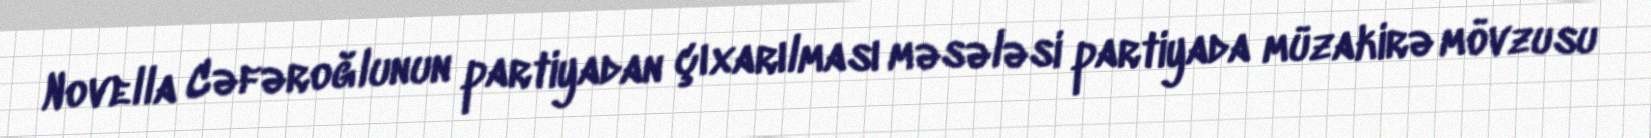
Novella Cəfəroğlunun partiyadan çıxarılması məsələsi partiyada müzakirə mövzusu